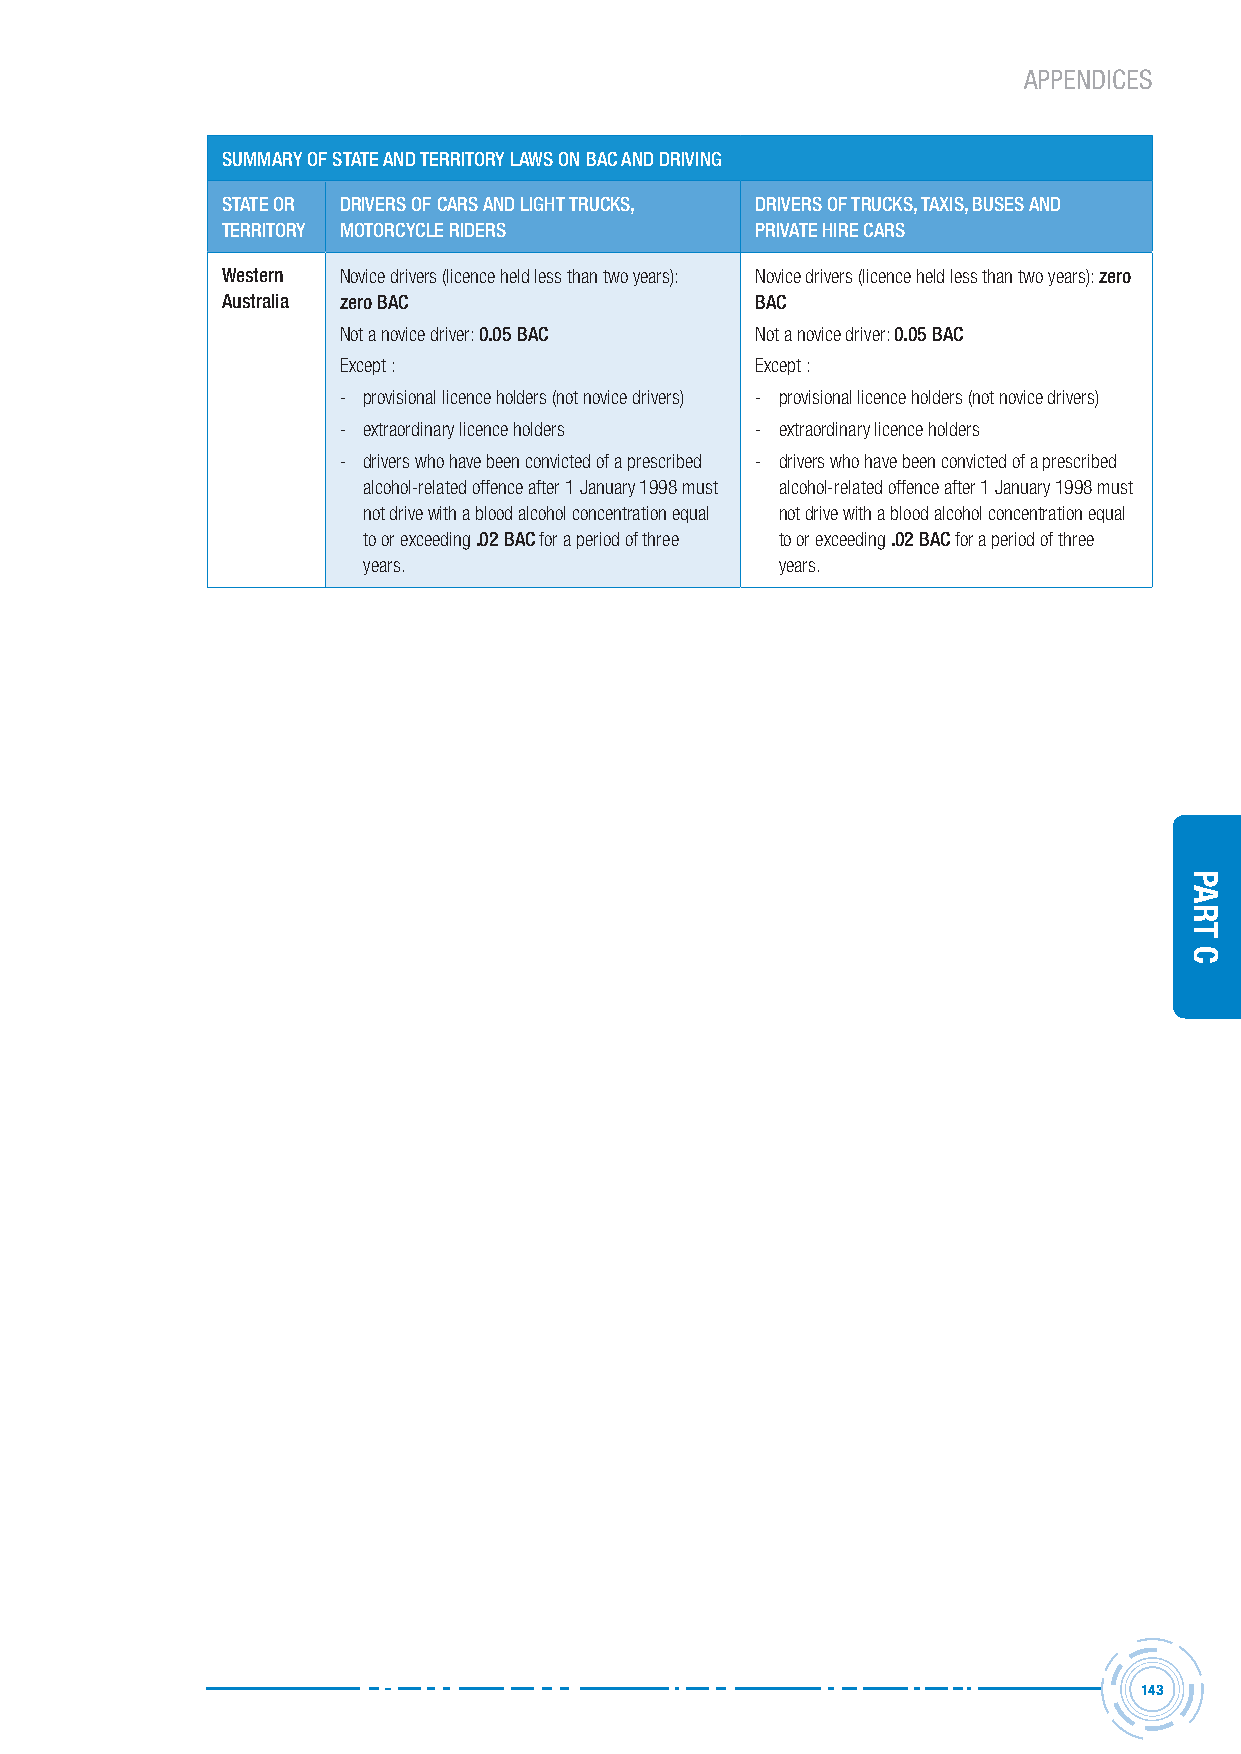
APPENDICES
 sUMMArY oF stAte AnD territorY LAWs on BAc AnD Driving
 stAte or Drivers oF cArs AnD Light trUcKs, Drivers oF trUcKs, tAXis, BUses AnD
 territorY MotorcYcLe riDers        PrivAte hire cArs
 Western Novice drivers (licence held less than two years): Novice drivers (licence held less than two years): zero
 Australia zero BAc                 BAc
 Not a novice driver: 0.05 BAc Not a novice driver: 0.05 BAc
 Except :                    Except :
 - provisional licence holders (not novice drivers) - provisional licence holders (not novice drivers)
 - extraordinary licence holders - extraordinary licence holders
 - drivers who have been convicted of a prescribed - drivers who have been convicted of a prescribed
 alcohol-related offence after 1 January 1998 must alcohol-related offence after 1 January 1998 must
 not drive with a blood alcohol concentration equal not drive with a blood alcohol concentration equal
 to or exceeding .02 BAc for a period of three to or exceeding .02 BAc for a period of three
 years.                      years.
 143
 Part
 C